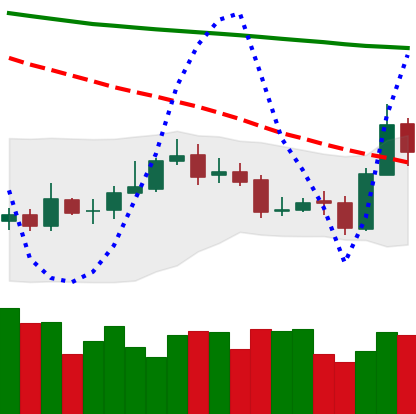
Ticker: ETC-USD
Chart end date: 2020-10-23
Forward return: -3.7%
Label: down_3_5